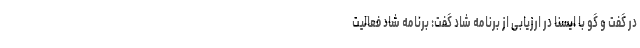
در گفت و گو با ایسنا در ارزیابی از برنامه شاد گفت: برنامه شاد فعالیت